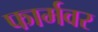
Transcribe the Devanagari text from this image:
फार्मवर